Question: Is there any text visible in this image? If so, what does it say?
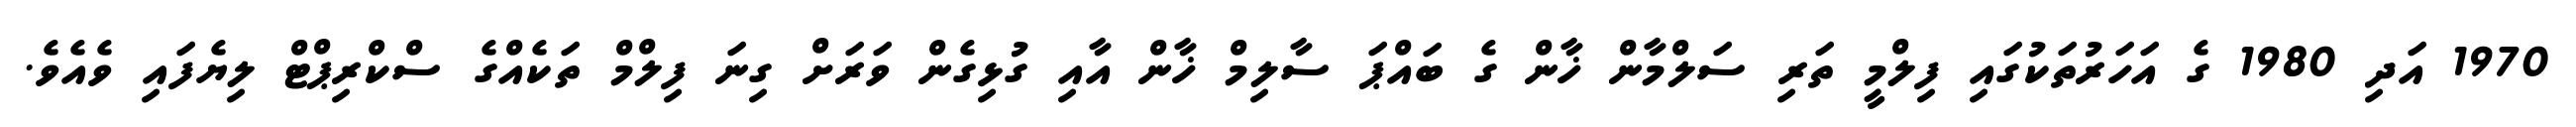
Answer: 1970 އަދި 1980 ގެ އަހަރުތަކުގައި ފިލްމީ ތަރި ސަލްމާން ޚާން ގެ ބައްޕަ ސާލިމް ޚާން އާއި ގުޅިގެން ވަރަށް ގިނަ ފިލްމް ތަކެއްގެ ސްކްރިޕްޓް ލިޔެފައި ވެއެވެ.